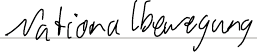
Nationalbewegung